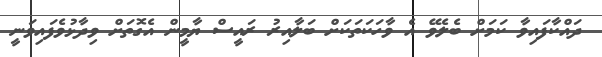
ދައްކާފައިވާ ކަމަށް ބެލެވޭ އެ ވާހަކަތަކަށް ބަލާއިރު ރައީސް ޔާމީން އެގޮތަށް ވިދާޅުވެފައިވަނީ